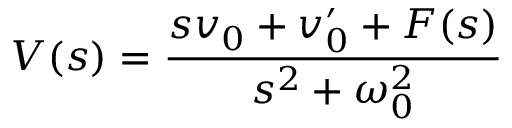
V ( s ) = { \frac { s v _ { 0 } + v _ { 0 } ^ { \prime } + F ( s ) } { s ^ { 2 } + \omega _ { 0 } ^ { 2 } } }